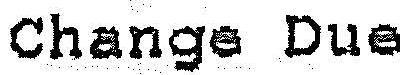
CHANGE DUE